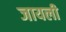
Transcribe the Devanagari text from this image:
जायली